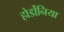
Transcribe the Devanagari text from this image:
होर्डोनिया